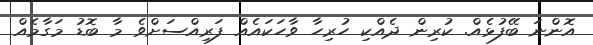
އޮންނަ ބޭފުޅެއް. ކުރިން ދެއްކި ހުރިހާ ވާހަކައެއް ފަރިއްސަށްވެ މާ ބޮޑު މަގާމެއް